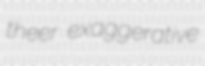
theer exaggerative